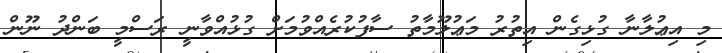
މި އިޢުލާނާ ގުޅިގެން އިތުރު މަޢުލޫމާތު ސާފުކުރެއްވުމަށް ގުޅުއްވާނީ ރަސްމީ ބަންދު ނޫން